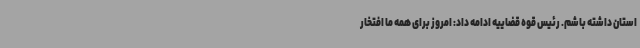
استان داشته باشم. رئیس قوه قضاییه ادامه داد: امروز برای همه ما افتخار